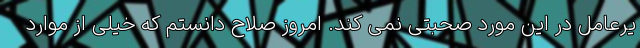
یرعامل در این مورد صحبتی نمی کند. امروز صلاح دانستم که خیلی از موارد